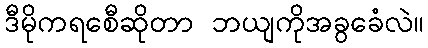
ဒီမိုကရစေီဆိုတာ ဘယျကိုအခွခေံလဲ။